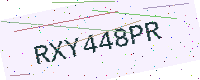
Text: RXY448PR